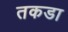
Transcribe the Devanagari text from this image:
तकडा